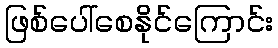
ဖြစ်ပေါ်စေနိုင်ကြောင်း